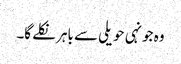
وہ جونہی حویلی سے باہر نکلے گا۔